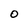
Character: O